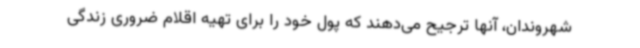
شهروندان، آنها ترجیح می‌دهند که پول خود را برای تهیه اقلام ضروری زندگی